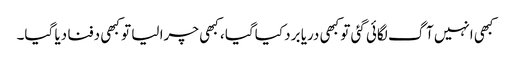
کبھی انہیں آگ لگائی گئی تو کبھی دریا برد کیاگیا ، کبھی چرا لیا تو کبھی دفنا دیا گیا۔